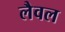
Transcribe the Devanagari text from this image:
लैवल